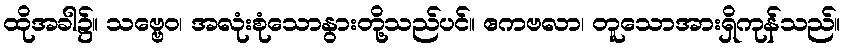
ထိုအခါ၌။ သဗ္ဗေဝ၊ အလုံးစုံသောနွားတို့သည်ပင်။ ဧကဗလာ၊ တူသောအားရှိကုန်သည်။